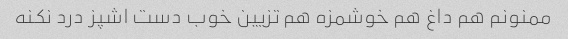
ممنونم هم داغ هم خوشمزه هم تزیین خوب دست اشپز درد نکنه